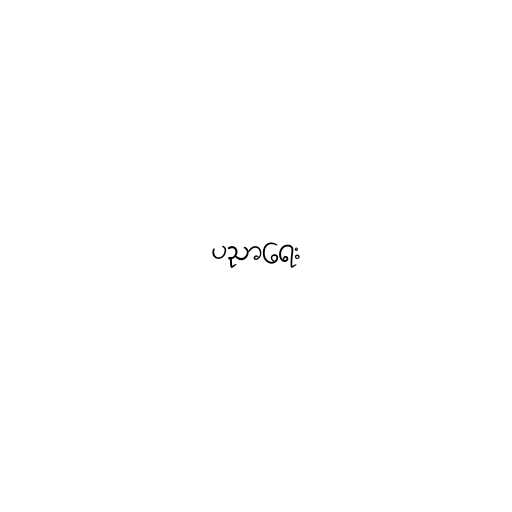
ပညာရေး